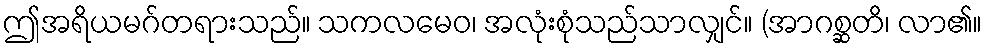
ဤအရိယမဂ်တရားသည်။ သကလမေဝ၊ အလုံးစုံသည်သာလျှင်။ (အာဂစ္ဆတိ၊ လာ၏။